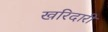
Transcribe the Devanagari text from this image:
खरिदारी